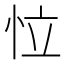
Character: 𢘮